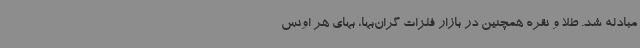
مبادله شد. طلا و نقره همچنین در بازار فلزات گران‌بها، بهای هر اونس